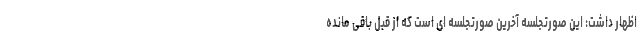
اظهار داشت: این صورتجلسه آخرین صورتجلسه ای است که از قبل باقی مانده